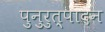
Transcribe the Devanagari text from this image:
पुनुरुत्पादन